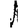
Digit: 1